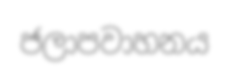
ජලාපවාහනය